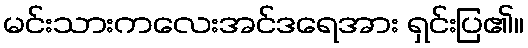
မင်းသားကလေးအင်ဒရေအား ရှင်းပြ၏။